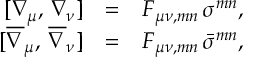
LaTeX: \begin{array} { r c l } { { [ \nabla _ { \mu } , \, \nabla _ { \nu } ] } } & { { = } } & { { { \cal F } _ { \mu \nu , m n } \, \sigma ^ { m n } , } } \\ { { [ \overline { { \nabla } } _ { \mu } , \, \overline { { \nabla } } _ { \nu } ] } } & { { = } } & { { { \cal F } _ { \mu \nu , m n } \, \bar { \sigma } ^ { m n } , } } \end{array}